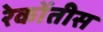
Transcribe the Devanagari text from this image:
रेकोंतीस